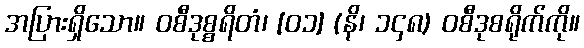
အပြားရှိသော။ ဝစီဒုစ္စရိတံ၊ [၀၁] (နိ၊ ၁၄၈) ဝစီဒုစရိုက်ကို။